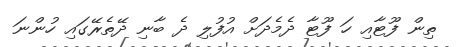
ތިން ފޫޓާއި ހަ ފޫޓާ ދެމެދަށް އުފުލި ދެ ބާނި ދޭތެރޭގައި ހުންނަ